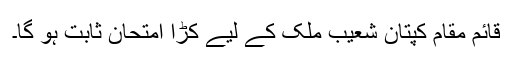
قائم مقام کپتان شعیب ملک کے لیے کڑا امتحان ثابت ہو گا۔